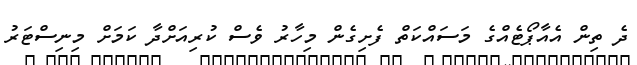
ދެ ތިން އެއާޕޯޓެއްގެ މަސައްކަތް ފެށިގެން މިހާރު ވެސް ކުރިއަށްދާ ކަމަށް މިނިސްޓަރު